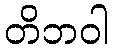
တိဘဝါ